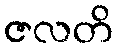
ဇလတိ